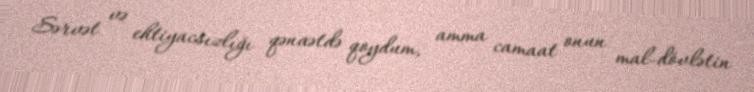
Sərvət və ehtiyacsızlığı qənaətdə qoydum, amma camaat onun mal-dövlətin